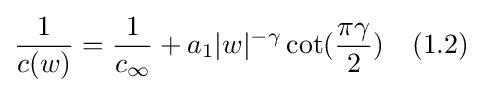
{\frac {1}{c(w)}}={\frac {1}{c_{\infty }}}+a_{1}|w|^{-\gamma }\cot({\frac {\pi \gamma }{2}})\quad (1.2)